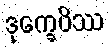
ဒုက္ခေပိဿ